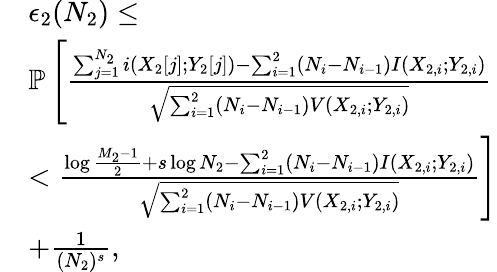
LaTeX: \begin{array}{rl}&{\epsilon_{2}(N_{2})\leq}\\ &{\mathbb{P}\left[\frac{\sum_{j=1}^{N_{2}}i(X_{2}[j];Y_{2}[j])-\sum_{i=1}^{2}(N_{i}-N_{i-1})I(X_{2,i};Y_{2,i})}{\sqrt{\sum_{i=1}^{2}(N_{i}-N_{i-1})V(X_{2,i};Y_{2,i})}}\right.}\\ &{<\left.\frac{\log\frac{M_{2}-1}{2}+s\log N_{2}-\sum_{i=1}^{2}(N_{i}-N_{i-1})I(X_{2,i};Y_{2,i})}{\sqrt{\sum_{i=1}^{2}(N_{i}-N_{i-1})V(X_{2,i};Y_{2,i})}}\right]}\\ &{+\frac{1}{(N_{2})^{s}},}\end{array}